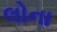
લોના